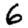
Digit: 6